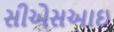
સીએસઆઇ